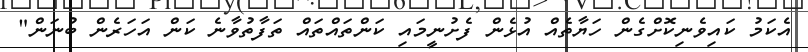
އެކަމު ކައިވެނިކޮށްގެން ހަޔާތެއް އުޅެން ފެށުނީމައި ކަންތައްތައް ތަފާތުވާނެ ކަން އަހަރެން ބުނަން"